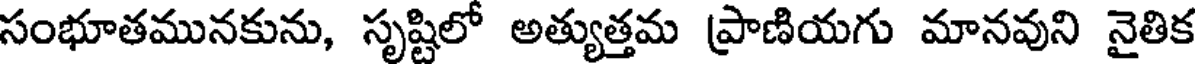
సంభూతమునకును, సృష్టిలో అత్యుత్తమ ప్రాణియగు మానవుని నైతిక